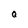
Character: Q